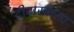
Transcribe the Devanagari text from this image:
दीवारवाला